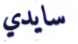
سايدي